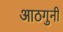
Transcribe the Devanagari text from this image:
आठगुनी